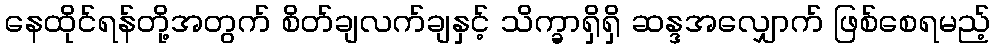
နေထိုင်ရန်တို့အတွက် စိတ်ချလက်ချနှင့် သိက္ခာရှိရှိ ဆန္ဒအလျှောက် ဖြစ်စေရမည့်